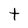
Character: t